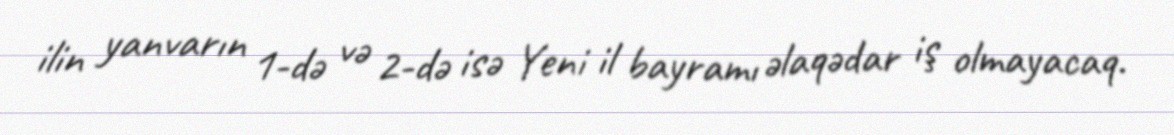
ilin yanvarın 1-də və 2-də isə Yeni il bayramı əlaqədar iş olmayacaq.